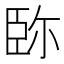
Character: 䑐